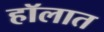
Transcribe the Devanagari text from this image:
हॉलात